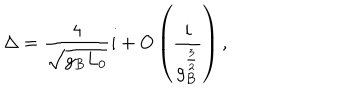
LaTeX: \Delta = { \frac { 4 } { \sqrt { g _ { B } L _ { 0 } } } } i + O \left( { \frac { i } { g _ { B } ^ { \frac { 3 } { 2 } } } } \right) ,